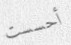
أحسست